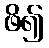
ဖိ၍